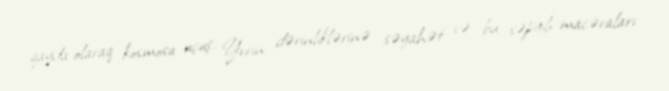
qayda olaraq kosmosa uçuş, Yerin dərinliklərinə səyahət və bu səpgili macəraları